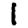
Digit: 1